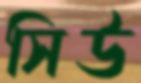
সিউ